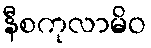
နီစကုလာမိဝ